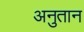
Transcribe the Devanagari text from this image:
अनुतान